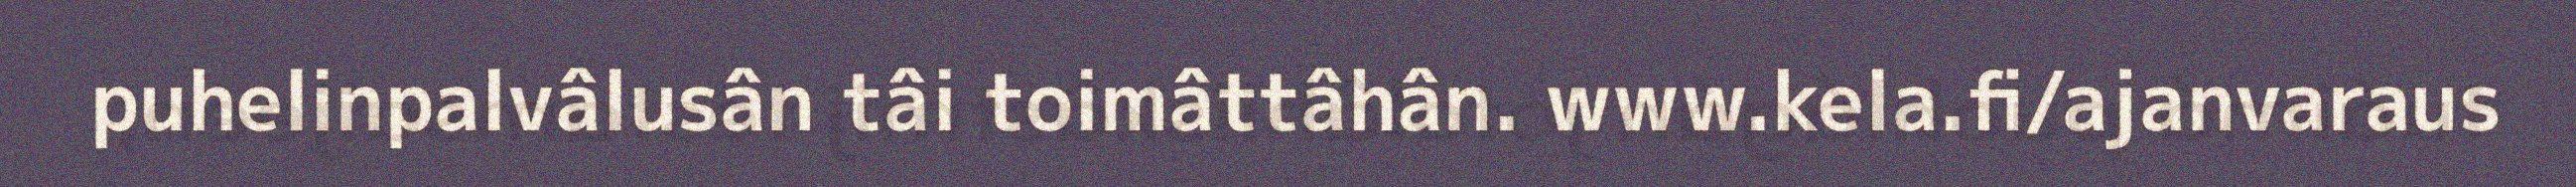
puhelinpalvâlusân tâi toimâttâhân. www.kela.fi/ajanvaraus